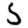
Digit: 5